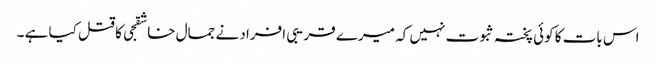
اس بات کا کوئی پختہ ثبوت نہیں کہ میرے قریبی افراد نے جمال خاشقجی کا قتل کیا ہے ۔